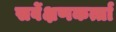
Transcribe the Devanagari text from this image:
सर्वेक्षणकर्त्ता